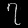
Digit: ၇